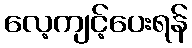
လေ့ကျင့်ပေးရန်